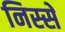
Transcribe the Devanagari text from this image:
निस्से